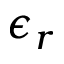
\epsilon _ { r }